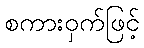
စကားဝှက်ဖြင့်